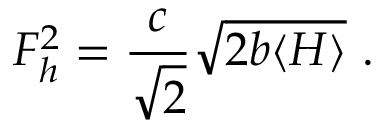
F _ { h } ^ { 2 } = \frac { c } { \sqrt { 2 } } \sqrt { 2 b \langle H \rangle } \ .